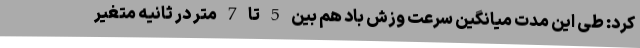
کرد: طی این مدت میانگین سرعت وزش باد هم بین 5 تا 7 متر در ثانیه متغیر